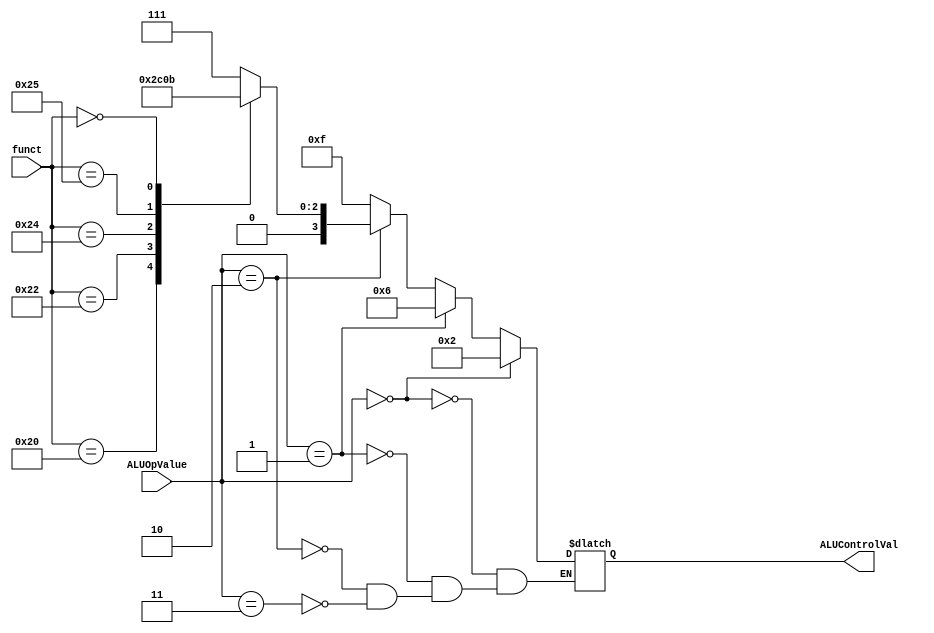
module ALUControl(input[1:0] ALUOpValue,
	input[5:0] funct,
	output[3:0] ALUControlVal);
	
	reg[3:0] ALUControlValRegister;
	
	always @(ALUOpValue, funct) begin
		
		if (ALUOpValue == 2'b00) begin
			
			ALUControlValRegister <= 4'b0010;
			
		end else if (ALUOpValue == 2'b01) begin
			
			ALUControlValRegister <= 4'b0110;
			
		end else if (ALUOpValue == 2'b10) begin
			
			case(funct)
				
				6'b100000	:	ALUControlValRegister <= 4'b0010;
				6'b100010	:	ALUControlValRegister <= 4'b0110;
				6'b100100	:	ALUControlValRegister <= 4'b0000;
				6'b100101	:	ALUControlValRegister <= 4'b0001;
				6'b000000	:	ALUControlValRegister <= 4'b0011; // sll
				default		:	ALUControlValRegister <= 4'b0111;
			
			endcase
			
		end else if (ALUOpValue == 2'b11) begin
		
			ALUControlValRegister <= 4'b1111;
		
		end
		
	end
	
	assign ALUControlVal = ALUControlValRegister;

endmodule